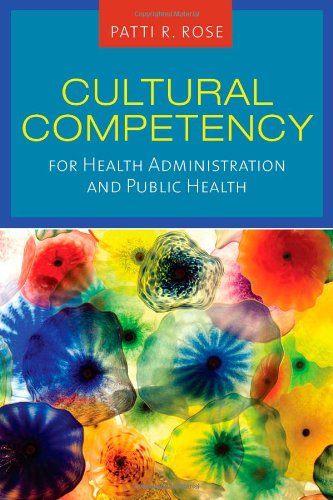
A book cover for Cultural Competency For Health Administration And Public Health; Patti R. Rose; Medical Books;